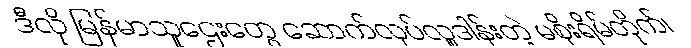
ဒီလို မြန်မာသူဌေးတွေ ဆောက်လုပ်လှူဒါန်းတဲ့ မစိုးရိမ်တိုက်၊